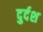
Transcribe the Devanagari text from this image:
दुर्दश